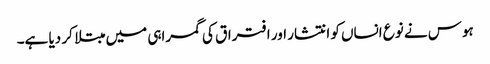
ہوس نے نوع انساں کو انتشار اور افتراق کی گمراہی میں مبتلا کر دیا ہے۔